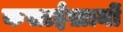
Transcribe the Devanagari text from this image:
कसाईख़ानों